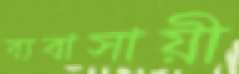
ব্যবাসায়ী